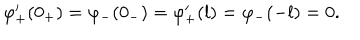
LaTeX: \varphi _ { + } ^ { \prime } ( 0 _ { + } ) = \varphi _ { - } ( 0 _ { - } ) = \varphi _ { + } ^ { \prime } ( l ) = \varphi _ { - } ( - l ) = 0 .